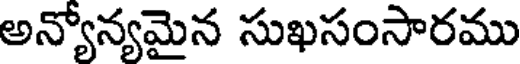
అన్యోన్యమైన సుఖసంసారము